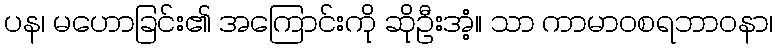
ပန၊ မဟောခြင်း၏ အကြောင်းကို ဆိုဦးအံ့။ သာ ကာမာဝစရဘာဝနာ၊